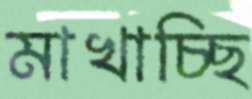
মাখাচ্ছি